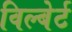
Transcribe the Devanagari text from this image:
विल्बेर्ट